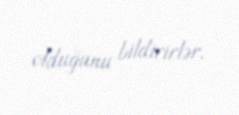
olduğunu bildirirlər.